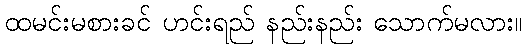
ထမင်းမစားခင် ဟင်းရည် နည်းနည်း သောက်မလား။